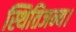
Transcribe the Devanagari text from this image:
स्थितिजन्य।